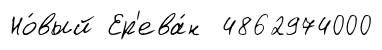
Но́вый Ер'ева́н 4862974000